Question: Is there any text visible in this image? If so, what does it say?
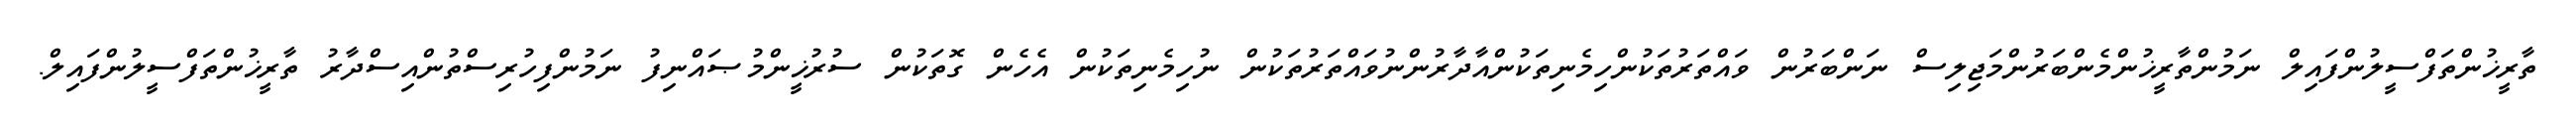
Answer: ތާރީޚުންތަފްސީލުންފައިލް ނަމުންތާރީޚުންމެންބަރުންމަޖިލިސް ނަންބަރުން ވައްތަރުތަކުންހިމެނިތަކުންއާދާރުންނުވައްތަރުތަކުން ނުހިމެނިތަކުން އެހެން ގޮތަކުން ސުރުޚީންމުޞައްނިފު ނަމުންފިހުރިސްތުންއިސްދާރު ތާރީޚުންތަފްސީލުންފައިލް.